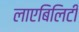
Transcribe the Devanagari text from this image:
लाएबिलिटी